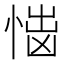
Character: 𢝿